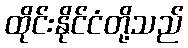
ထိုင်းနိုင်ငံတို့သည်